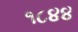
૧૮૪૪